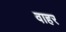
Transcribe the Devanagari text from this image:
वाहर